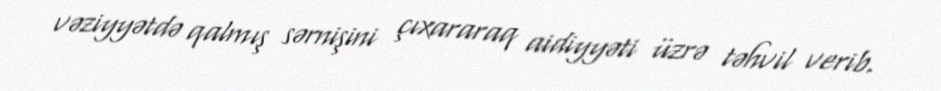
vəziyyətdə qalmış sərnişini çıxararaq aidiyyəti üzrə təhvil verib.